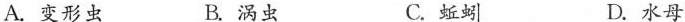
A.变形虫 B.涡虫 C.蚯蚓 D.水母